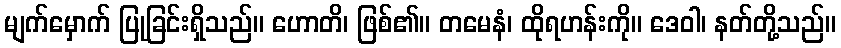
မျက်မှောက် ပြုခြင်းရှိသည်။ ဟောတိ၊ ဖြစ်၏။ တမေနံ၊ ထိုရဟန်းကို။ ဒေဝါ၊ နတ်တို့သည်။